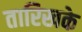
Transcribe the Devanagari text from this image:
तारिखके